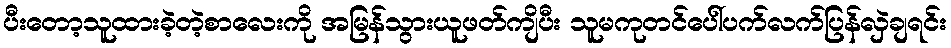
ပီးတော့သူထားခဲ့တဲ့စာလေးကို အမြန်သွားယူဖတ်ကျိပီး သူမကုတင်ပေါ်ပက်လက်ပြန်လှဲချရင်း